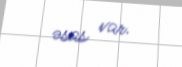
əsas var.